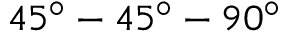
4 5 ^ { \circ } - 4 5 ^ { \circ } - 9 0 ^ { \circ }